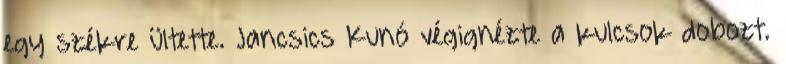
egy székre ültette. Jancsics Kunó végignézte a kulcsok dobozt.